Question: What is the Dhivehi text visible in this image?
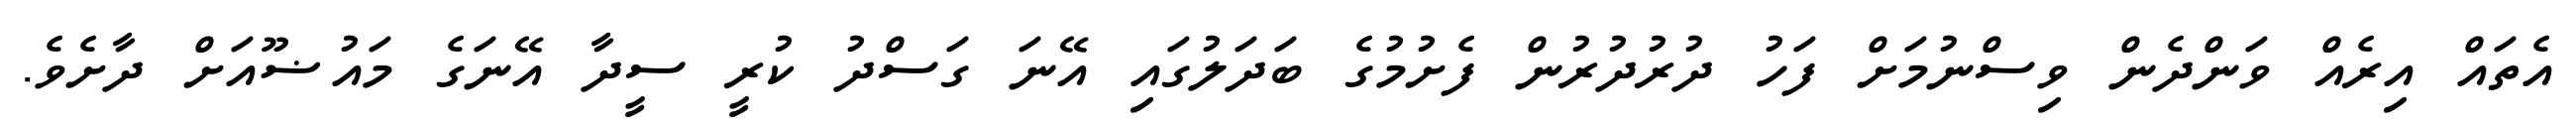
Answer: އެތައް އިރެއް ވަންދެން ވިސްނުމަށް ފަހު ދުރުދުރުން ފެށުމުގެ ބަދަލުގައި އޭނަ ގަސްދު ކުރީ ސީދާ އޭނަގެ މައުޟޫއަށް ދާށެވެ.